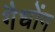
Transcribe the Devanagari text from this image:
गैधोंग